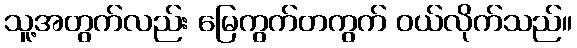
သူ့အတွက်လည်း မြေကွက်တကွက် ဝယ်လိုက်သည်။